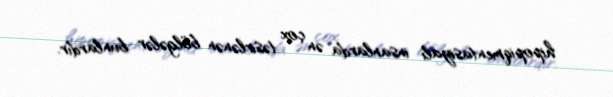
hipopiqmentasiyalı insanlarda ən çox təsirlənən bölgələr bunlardır.